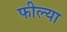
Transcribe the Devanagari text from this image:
फील्या